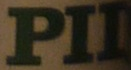
PII